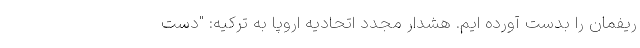
ریفمان را بدست آورده ایم. هشدار مجدد اتحادیه اروپا به ترکیه: "دست